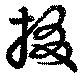
掇